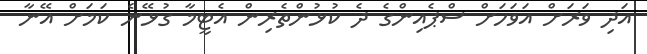
އަދި ވަރަށް އަވަހަށް ސްޕެއިންގެ ދެ ކުޅުންތެރިން އެޓީމާ ގުޅޭނެ ކަމަށް އޭނާ